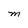
Character: M